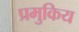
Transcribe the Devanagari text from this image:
प्रमुकिय